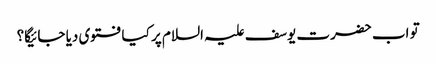
تو اب حضرت یوسف علیہ السلام پر کیا فتوی دیا جائیگا؟